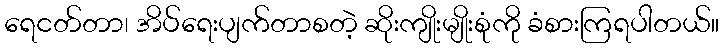
ရေငတ်တာ၊ အိပ်ရေးပျက်တာစတဲ့ ဆိုးကျိုးမျိုးစုံကို ခံစားကြရပါတယ်။